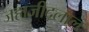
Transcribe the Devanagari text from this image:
जहाजीदलाल